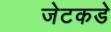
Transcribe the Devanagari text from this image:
जेटकडे